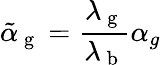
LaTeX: \tilde{\alpha}_{\mathrm{~g~}}=\frac{\lambda_{\mathrm{~g~}}}{\lambda_{\mathrm{~b~}}}\alpha_{g}